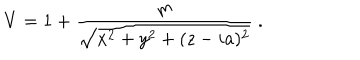
LaTeX: V = 1 + { \frac { m } { \sqrt { x ^ { 2 } + y ^ { 2 } + ( z - i a ) ^ { 2 } } } } \ .